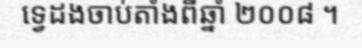
ទ្វេដងចាប់តាំងពីឆ្នាំ ២០០៨ ។